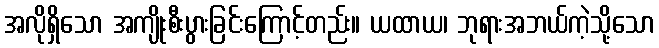
အလိုရှိသော အကျိုးစီးပွားခြင်းကြောင့်တည်း။ ယထာယ၊ ဘုရားအဘယ်ကဲ့သို့သော